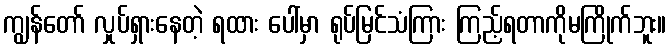
ကျွန်တော် လှုပ်ရှားနေတဲ့ ရထား ပေါ်မှာ ရုပ်မြင်သံကြား ကြည့်ရတာကိုမကြိုက်ဘူး။